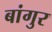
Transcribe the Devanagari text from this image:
बांगुर